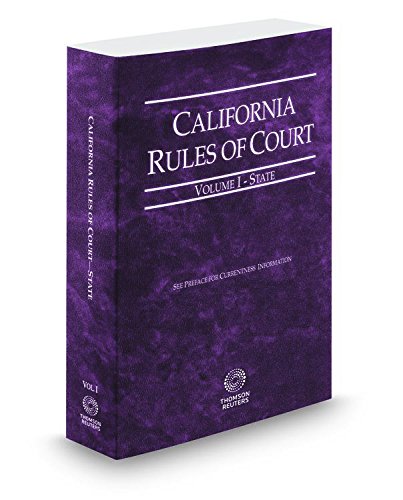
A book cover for California Rules of Court - State, 2015 ed. (Vol. I, California Court Rules) (California Rules of Court. State and Federal); Thomson West; Law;